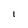
Character: I